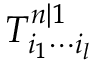
T _ { i _ { 1 } \cdots i _ { l } } ^ { n | 1 }